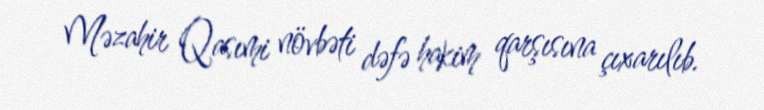
Məzahir Qasımi növbəti dəfə hakim qarşısına çıxarılıb.